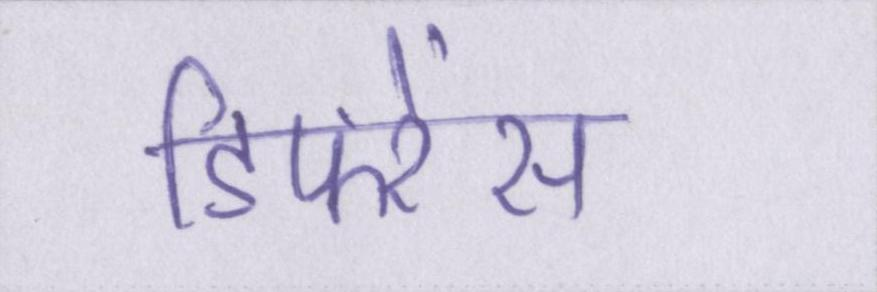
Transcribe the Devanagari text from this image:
डिफरेंस